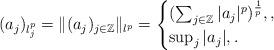
LaTeX: \begin{align*}(a_j)_{l_j^p}=\|(a_j)_{j\in \mathbb Z} \|_{l^p} =\begin{cases}(\sum_{j\in \mathbb Z} |a_j|^p )^{\frac 1p}, , \\\sup_{j} |a_j|, .\end{cases}\end{align*}